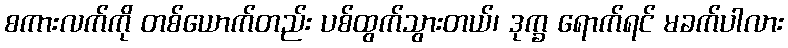
စကားလက်ကို တစ်ယောက်တည်း ပစ်ထွက်သွားတယ်၊ ဒုက္ခ ရောက်ရင် မခက်ပါလား